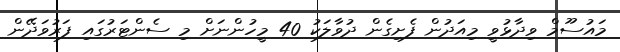
މައުސޫމް ވިދާޅުވީ މިއަދުން ފެށިގެން ދުވާލަކު 40 މީހުންނަށް މި ސެންޓަރުގައި ފަރުވަދޭން